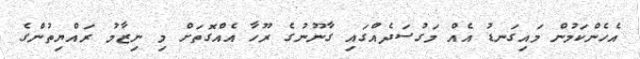
އެހެންކަމުން މައިގަނޑު އެއް މަގުސަދެއްގައި ގާނޫނުގެ ރޫހާ އެއްގޮތަށް މި ނިޒާމު ރައްޔިތުންގެ